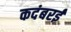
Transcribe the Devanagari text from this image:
कदंबरई